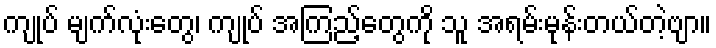
ကျုပ် မျက်လုံးတွေ၊ ကျုပ် အကြည့်တွေကို သူ အရမ်းမုန်းတယ်တဲ့ဗျာ။